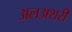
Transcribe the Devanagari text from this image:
अलअशरी